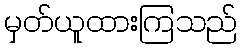
မှတ်ယူထားကြသည်